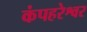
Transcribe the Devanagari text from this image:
कंपहरेश्वर